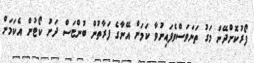
ފޯރުކޮށްދޭން މަގު ތަނަވަސްވެފައިނުވާ ކަމަށް އޭނާގެ ފަރާތުން ބުންޏަސް ދަށު ކޯޓުން އެކަމަށް